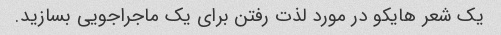
یک شعر هایکو در مورد لذت رفتن برای یک ماجراجویی بسازید.